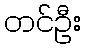
တင်ဦး